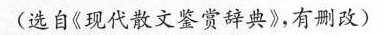
(选自《现代散文鉴赏辞典》，有删改)